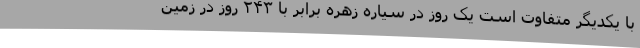
با یکدیگر متفاوت است یک روز در سیاره‌ زهره برابر با ۲۴۳ روز در زمین